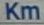
Km